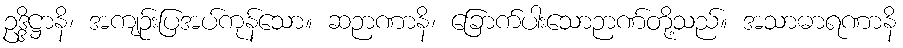
ဥဒ္ဒိဋ္ဌာနိ၊ အကျဉ်းပြအပ်ကုန်သော။ ဆဉာဏာနိ၊ ခြောက်ပါးသောဉာဏ်တို့သည်။ အသာဓာရဏာနိ